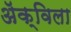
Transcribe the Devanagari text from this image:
ॲक्विला